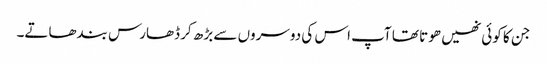
جن کا کوئی نھیں ھوتا تھا آپ اس کی دوسروں سے بڑھ کر ڈھارس بندھاتے۔